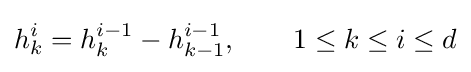
h_{k}^{i}=h_{k}^{i-1}-h_{k-1}^{i-1},\qquad 1\leq k\leq i\leq d